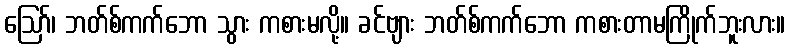
ဪ၊ ဘတ်စ်ကက်ဘော သွား ကစားမလို့။ ခင်ဗျား ဘတ်စ်ကက်ဘော ကစားတာမကြိုက်ဘူးလား။